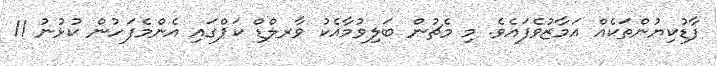
ފާޑުކިޔުންތަކެއް އަމާޒުވެފައެވެ. މި މެޗުން ބަލިވުމާއެކު ވާރލްޑް ކަޕްގައި އެންމެފަހުން ކުޅުނު 11